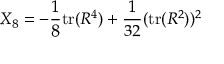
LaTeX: X _ { 8 } = - \frac { 1 } { 8 } \mathrm { t r } ( R ^ { 4 } ) + \frac { 1 } { 3 2 } ( \mathrm { t r } ( R ^ { 2 } ) ) ^ { 2 }